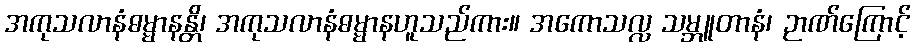
အကုသလာနံဓမ္မာနန္တိ၊ အကုသလာနံဓမ္မာနဟူသည်ကား။ အကောသလ္လ သမ္ဘူတာနံ၊ ဉာဏ်ကြောင့်